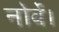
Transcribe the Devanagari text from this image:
नोर्वे।